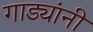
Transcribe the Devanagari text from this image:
गाड्यांनी